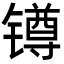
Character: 𨱔